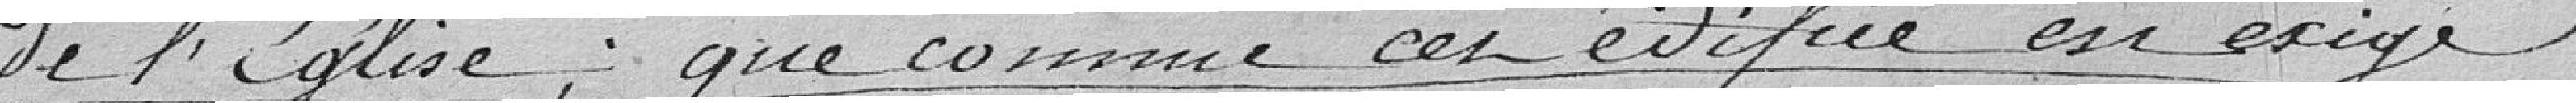
de l'église, que comme cet édifice en exige